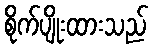
စိုက်ပျိုးထားသည်